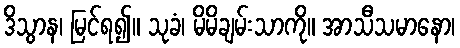
ဒိသွာန၊ မြင်ရ၍။ သုခံ၊ မိမိချမ်းသာကို။ အာသီသမာနော၊